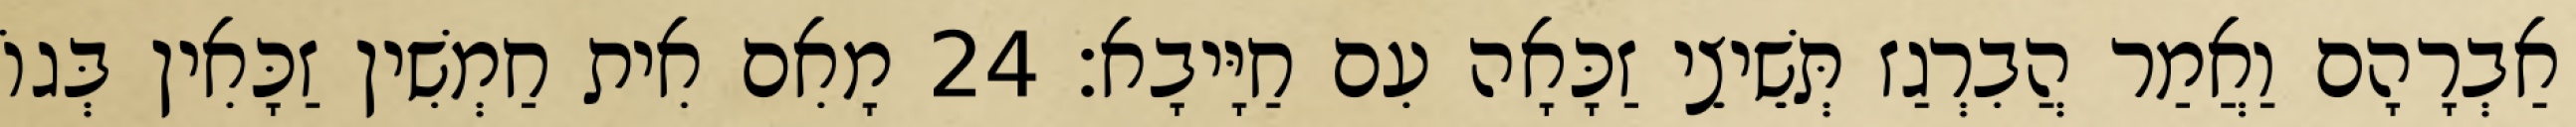
אַבְרָהָם וַאֲמַר הֲבִרְגַז תְּשֵׁיצֵי זַכָּאָה עִם חַיָּיבָא׃ 24 מָאִם אִית חַמְשִׁין זַכָּאִין בְּגוֹ